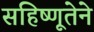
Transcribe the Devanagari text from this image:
सहिष्णूतेने